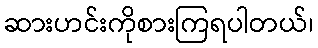
ဆားဟင်းကိုစားကြရပါတယ်၊